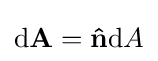
\mathrm {d} \mathbf {A} =\mathbf {\hat {n}} \mathrm {d} A\,\!